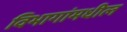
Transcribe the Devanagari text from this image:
विभागांमधील